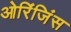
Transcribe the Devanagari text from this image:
ओरिंजिंस